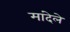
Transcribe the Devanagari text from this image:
मांदेले